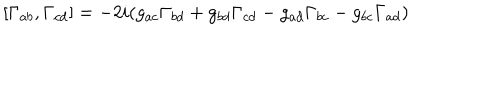
LaTeX: [ \Gamma _ { a b } , \Gamma _ { c d } ] = - 2 i ( g _ { a c } \Gamma _ { b d } + g _ { b d } \Gamma _ { c d } - g _ { a d } \Gamma _ { b c } - g _ { b c } \Gamma _ { a d } )